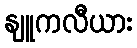
နျူကလီယား